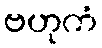
ဗဟုကံ